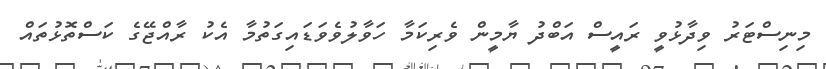
މިނިސްޓަރު ވިދާޅުވީ ރައީސް އަބްދު ޔާމީން ވެރިކަމާ ހަވާލުވެވަޑައިގަތުމާ އެކު ރާއްޖޭގެ ކަސްތޮޅުތައް